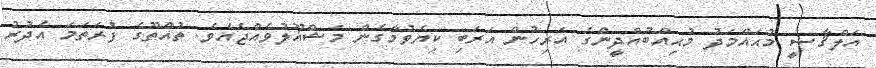
އަލްޤާޟީ މުޙައްމަދު މުޙިއްބުއްދީންގެ އަރިހުން އަރަބި ކިޔެވުމާގެން މަޝްޣޫލުވެއްޖެއެވެ. ތުއްތޫގެ ފުރަތަމަ އެދުރު